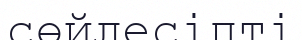
сөйлесіпті